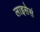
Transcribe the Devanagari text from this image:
लाइसेसं